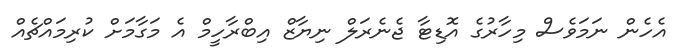
އެހެން ނަމަވެސް މިހާރުގެ އޮޑިޓާ ޖެނެރަލް ނިޔާޒް އިބްރާހީމް އެ މަގާމަށް ކުރިމައްޗެއް